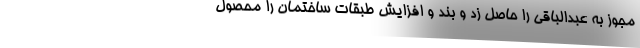
مجوز به عبدالباقی را حاصل زد و بند و افزایش طبقات ساختمان را محصول